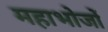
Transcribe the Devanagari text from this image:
महाभोजों